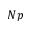
N p